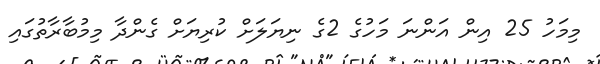
މިމަހު 25 އިން އަންނަ މަހުގެ 2ގެ ނިޔަލަށް ކުރިޔަށް ގެންދާ މިމުބާރާތުގައި